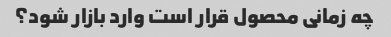
چه زمانی محصول قرار است وارد بازار شود؟